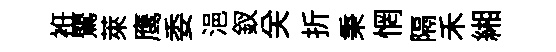
袵鸎萊鹰委浥釵关折秉惘隔禾緗